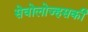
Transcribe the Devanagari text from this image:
सेवोलोज्हसकी